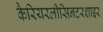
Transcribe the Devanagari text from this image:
कैरियरलीसिनटरशाइर